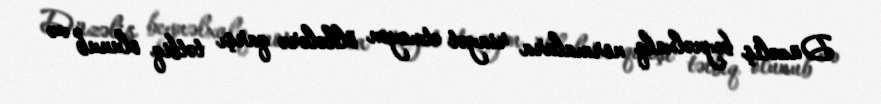
Düzəliş beynəlxalq normalara riayət etməyən ölkələrə qarşı tətbiq olunub və